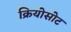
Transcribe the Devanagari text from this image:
क्रियोसोट